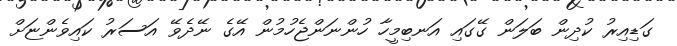
ގަޑިއިރު ކުދިން ބަލަން ގޭގައި އަނބިމީހާ ހުންނަންޖެހުމުން އޭގެ ނޭދެވޭ އަސަރު ކައިވެންޏަށް